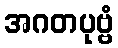
အဂတပုဗ္ဗံ